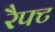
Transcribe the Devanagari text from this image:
रैफ्ट